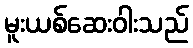
မူးယစ်ဆေးဝါးသည်